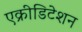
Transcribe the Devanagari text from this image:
एक्रीडिटेशन